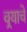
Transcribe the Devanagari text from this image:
वर्‍याचे